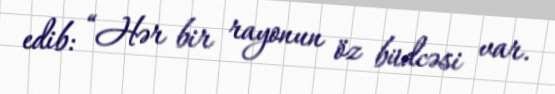
edib: “Hər bir rayonun öz büdcəsi var.